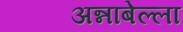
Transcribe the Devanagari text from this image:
अन्नाबेल्ला